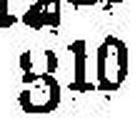
310